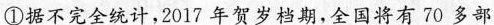
①据不完全统计，2017年贺岁档期，全国将有70多部